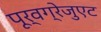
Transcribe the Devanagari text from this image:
पूर्वग्रेजुएट